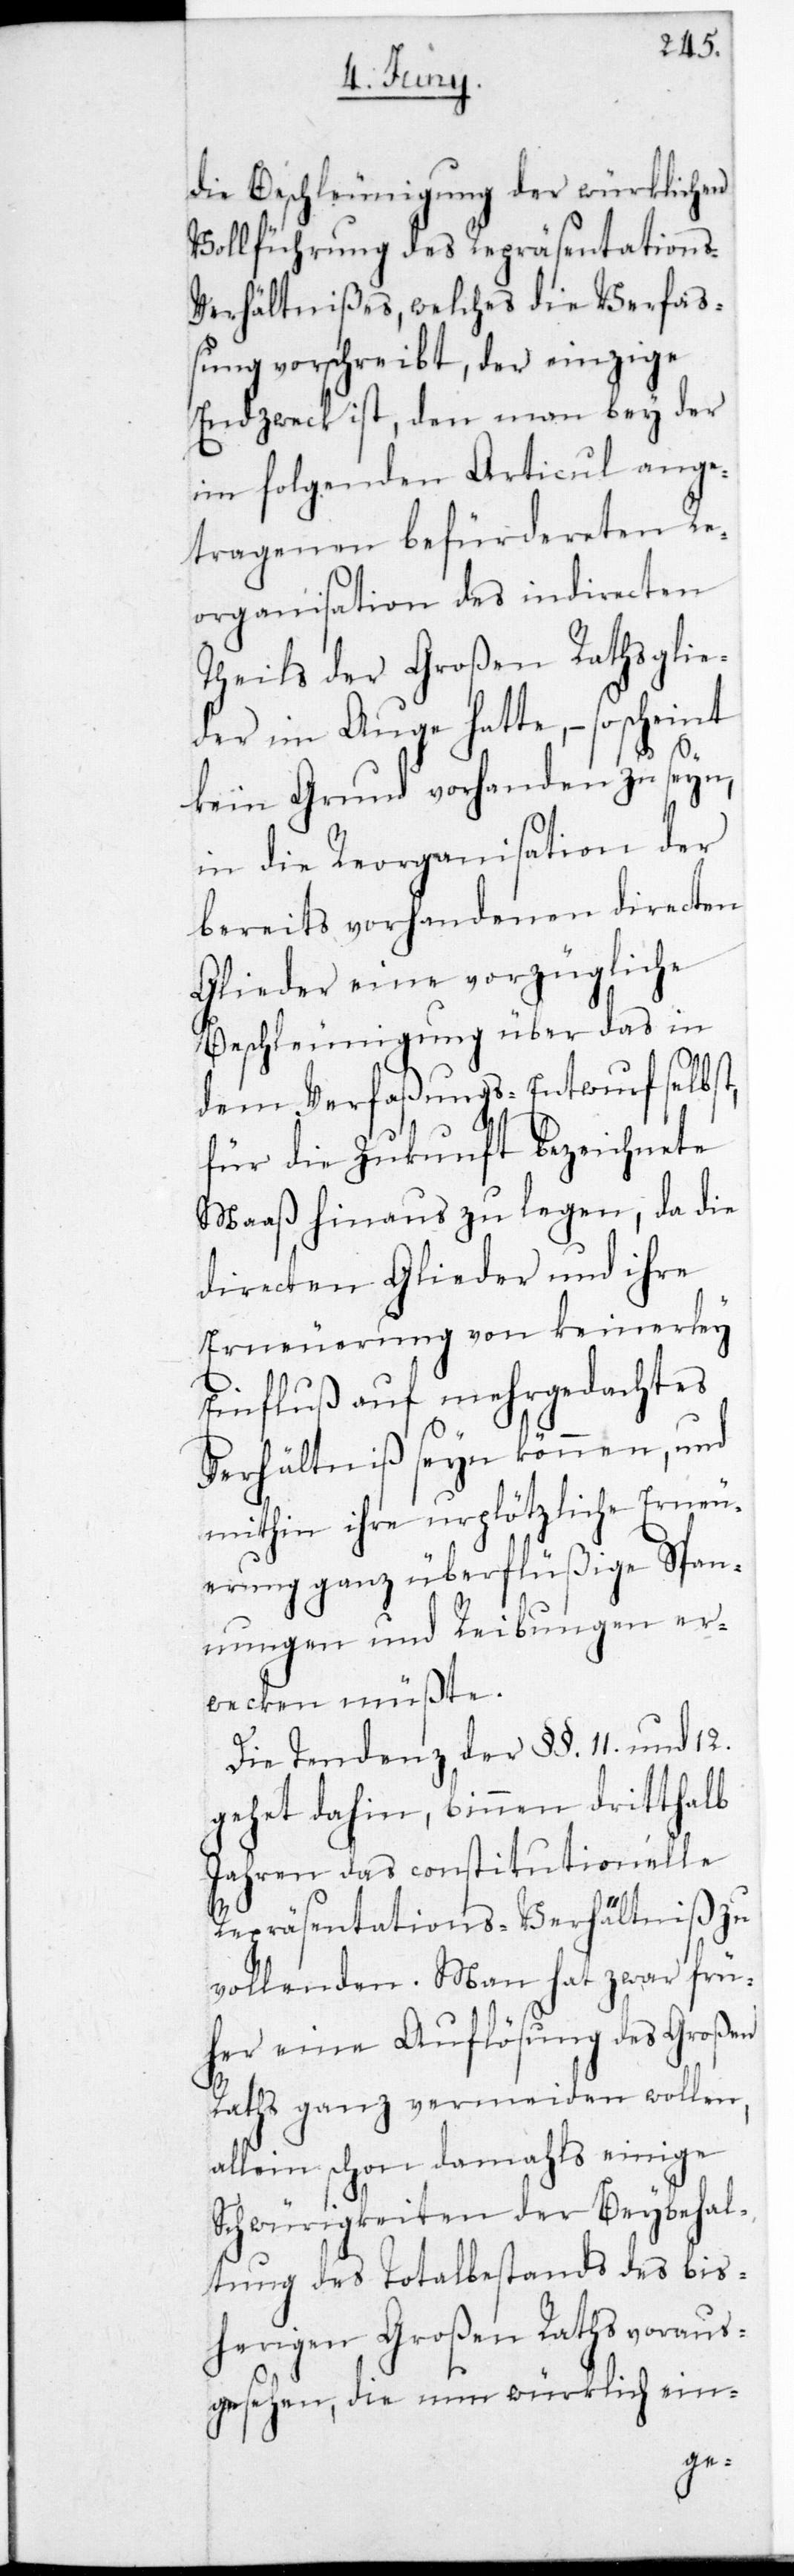
die Beschleunigung der würklichen
Vollführung des Repräsentation¬
s-Verhältnißes, welches die Verfaß¬
ung vorschreibt, der einzige
Endzweck ist, den man bey der
im folgenden Articul ange¬
tragenen befürdereten Re¬
organisation des indirecten
Theils der Großen-Raths-Glie¬
der im Auge hatte, – so scheint
kein Grund vorhanden zu seyn,
in die Reorganisation der
bereits vorhandenen directen
Glieder eine vorzügliche
Beschleunigung über das in
dem Verfaßungs-Entwurf selbst,
für die Zukunft bezeichnete
Maaß hinaus zu legen, da die
directen Glieder und ihre
Erneuerung von keinerlei
Einfluß auf mehrgedachtes
Verhältniß sein können, und
mithin ihre urplötzliche Erneu¬
erung ganz überflüßige Span¬
nungen und Reibungen er¬
wecken müßte.
Die Tendenz der §§. 11. und 12.
gehet dahin, binnen dritthalb
Jahren das constitutionelle
Repräsentations-Verhältniß zu
vollenden. Man hat zwar frü¬
her eine Auflösung des Großen
Raths ganz vermeiden wollen,
allein schon damahls einige
Schwürigkeiten der Beybehal¬
tung des Totalbestands des bis¬
herigen Großen Raths voraus¬
gesehen, die nun würklich ein-